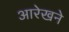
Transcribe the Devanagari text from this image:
आरेखने